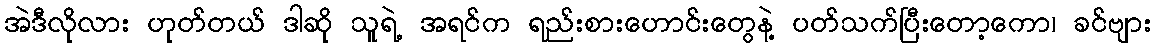
အဲဒီလိုလား ဟုတ်တယ် ဒါဆို သူရဲ့ အရင်က ရည်းစားဟောင်းတွေနဲ့ ပတ်သက်ပြီးတော့ကော၊ ခင်ဗျား